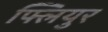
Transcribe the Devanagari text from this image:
फ्लियुर